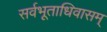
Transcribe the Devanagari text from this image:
सर्वभूताधिवासम्